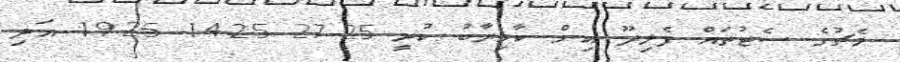
މެޗުގެ ސެޓުތައް ފެލިދޫ އިން ކާމިޔާބު ކުރީ 25-27 25-14 25-19 އަދި